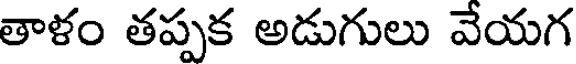
తాళం తప్పక అడుగులు వేయగ